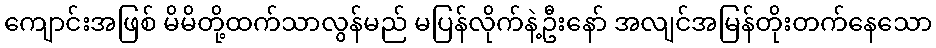
ကျောင်းအဖြစ် မိမိတို့ထက်သာလွန်မည် မပြန်လိုက်နဲ့ဦးနော် အလျင်အမြန်တိုးတက်နေသော